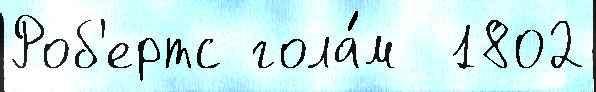
Роб'ертс гола́м  1802